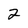
Character: 2